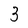
Character: 3